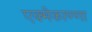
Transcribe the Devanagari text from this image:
एक्मेकाण्णा